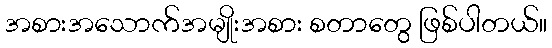
အစားအသောက်အမျိုးအစား စတာတွေ ဖြစ်ပါတယ်။